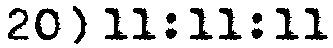
20) 11:11:11